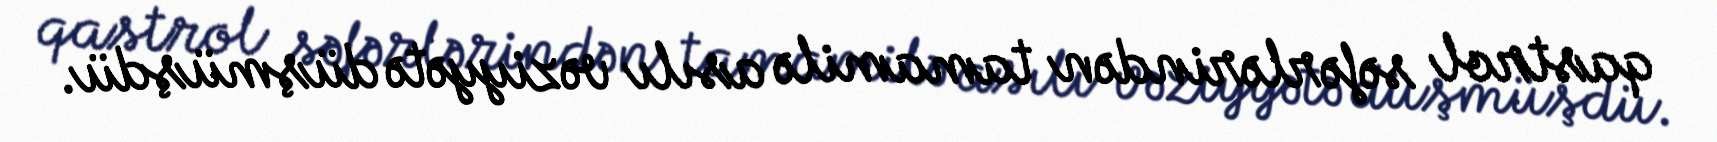
qastrol səfərlərindən tamamilə asılı vəziyyətə düşmüşdü.